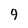
Character: 9